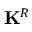
\mathbf { K } ^ { R }